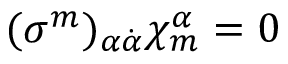
( \sigma ^ { m } ) _ { \alpha \dot { \alpha } } \chi _ { m } ^ { \alpha } = 0